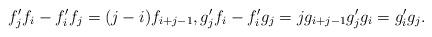
LaTeX: \begin{align*} f'_jf_i - f'_if_j = (j-i)f_{i+j-1}, g'_j f_i - f'_ig_j = j g_{i+j-1} g'_j g_i = g'_i g_j.\end{align*}